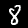
Label: 8